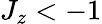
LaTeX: J_{z}<-1